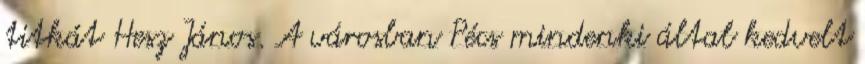
titkát Hesz János. A városban Pécs mindenki által kedvelt